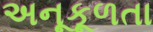
અનૂકૂળતા